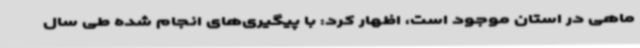
ماهی در استان موجود است، اظهار کرد: با پیگیری‌های انجام شده طی سال